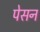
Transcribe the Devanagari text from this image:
पेसन